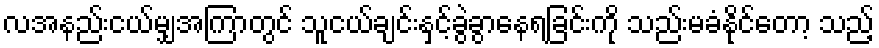
လအနည်းငယ်မျှအကြာတွင် သူငယ်ချင်းနှင့်ခွဲခွာနေရခြင်းကို သည်းမခံနိုင်တော့ သည့်